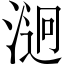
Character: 𣹔